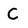
Character: C